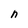
Character: n